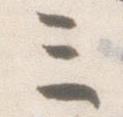
三